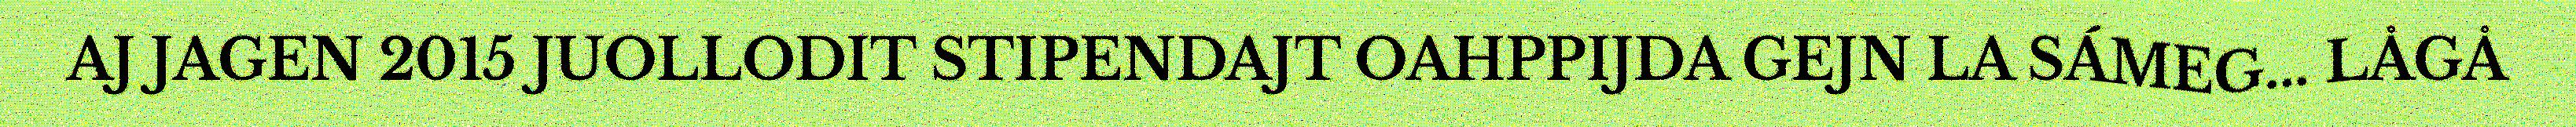
AJ JAGEN 2015 JUOLLODIT STIPENDAJT OAHPPIJDA GEJN LA SÁMEG... LÅGÅ